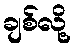
ချစ်လို့